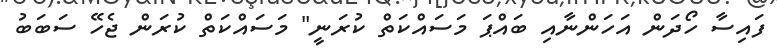
ފައިސާ ހޯދަން އަހަންނާއި ބައްޕަ މަސައްކަތް ކުރަނީ" މަސައްކަތް ކުރަން ޖެހޭ ސަބަބު